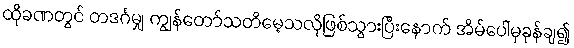
ထိုခဏတွင် တဒင်္ဂမျှ ကျွန်တော်သတိမေ့သလိုဖြစ်သွားပြီးနောက် အိမ်ပေါ်မှခုန်ချ၍